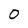
Character: 0